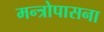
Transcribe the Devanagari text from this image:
मन्त्रोपासना